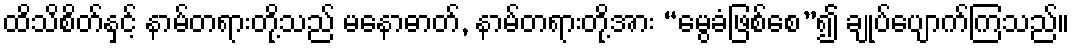
ထိသိစိတ်နှင့် နာမ်တရားတို့သည် မနောဓာတ်, နာမ်တရားတို့အား “မွေခံဖြစ်စေ”၍ ချုပ်ပျောက်ကြသည်။